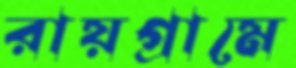
রায়গ্রামে